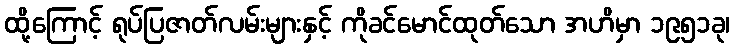
ထို့ကြောင့် ရုပ်ပြဇာတ်လမ်းများနှင့် ကိုခင်မောင်ထုတ်သော အဟိမှာ ၁၉၅၁ခု၊